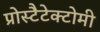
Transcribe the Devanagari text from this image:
प्रोस्टैटेक्टोमी